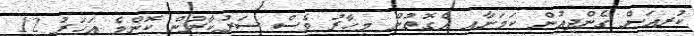
ކުރިއަށް ގެންދިއުން ކަމަށާއި އެގޮތުން މިހާރު ވެސް ސަރުކާރުން ކޮންމެ އަހަރު 12